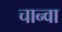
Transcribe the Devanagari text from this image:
चान्वा